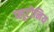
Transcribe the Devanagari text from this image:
प्लूटोनिय